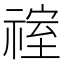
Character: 𮵞